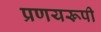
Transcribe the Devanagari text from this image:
प्रणयरूपी